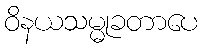
ဝိနယသမ္မုခတာပေ